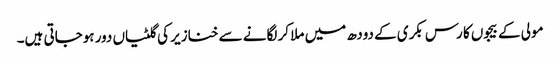
مولی کے بیجوں کا رس بکری کے دودھ میں ملا کر لگانے سے خنازیر کی گلٹیاں دور ہوجاتی ہیں۔